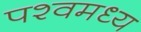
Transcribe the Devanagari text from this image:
पश्वमध्य